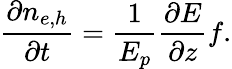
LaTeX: \frac{\partial n_{e,h}}{\partial t}=\frac{1}{E_{p}}\frac{\partial E}{\partial z}f.